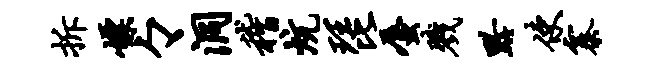
拆嫖々洞稽炕琵蜃戮黔使寨